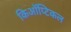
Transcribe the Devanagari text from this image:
किऑप्टिकल